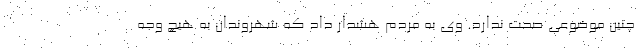
چنین موضوعی صحت ندارد. وی به مردم هشدار داد که شهروندان به هیچ وجه